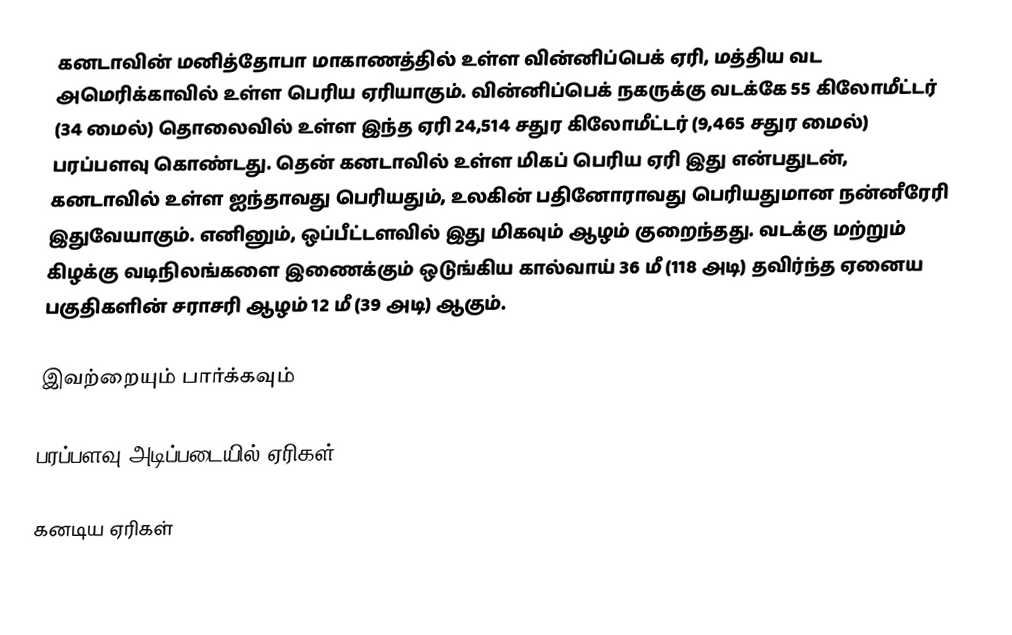
கனடாவின் மனித்தோபா மாகாணத்தில் உள்ள வின்னிப்பெக் ஏரி, மத்திய வட அமெரிக்காவில் உள்ள பெரிய ஏரியாகும். வின்னிப்பெக் நகருக்கு வடக்கே 55 கிலோமீட்டர் (34 மைல்) தொலைவில் உள்ள இந்த ஏரி 24,514 சதுர கிலோமீட்டர் (9,465 சதுர மைல்) பரப்பளவு கொண்டது. தென் கனடாவில் உள்ள மிகப் பெரிய ஏரி இது என்பதுடன், கனடாவில் உள்ள ஐந்தாவது பெரியதும், உலகின் பதினோராவது பெரியதுமான நன்னீரேரி இதுவேயாகும். எனினும், ஒப்பீட்டளவில் இது மிகவும் ஆழம் குறைந்தது. வடக்கு மற்றும் கிழக்கு வடிநிலங்களை இணைக்கும் ஒடுங்கிய கால்வாய் 36 மீ (118 அடி) தவிர்ந்த ஏனைய பகுதிகளின் சராசரி ஆழம் 12 மீ (39 அடி) ஆகும்.

இவற்றையும் பார்க்கவும்

 பரப்பளவு அடிப்படையில் ஏரிகள்

கனடிய ஏரிகள்